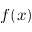
f ( x )